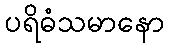
ပရိဓံသမာနော